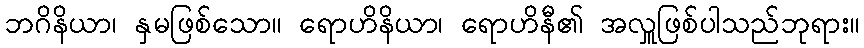
ဘဂိနိယာ၊ နှမဖြစ်သော။ ရောဟိနိယာ၊ ရောဟိနီ၏ အလှူဖြစ်ပါသည်ဘုရား။